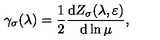
\gamma _ { \sigma } ( \lambda ) = \frac { 1 } { 2 } \frac { \mathrm { d } Z _ { \sigma } ( \lambda , \varepsilon ) } { \mathrm { d } \ln \mu } ,